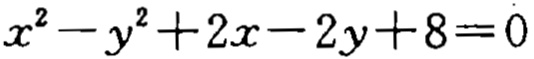
\(x^{2}-y^{2}+2x - 2y+8 = 0\)